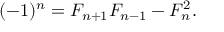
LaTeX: ( - 1 ) ^ { n } = F _ { n + 1 } F _ { n - 1 } - F _ { n } ^ { 2 } .